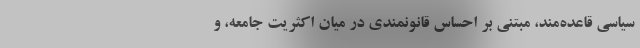
سیاسی قاعده‌مند، مبتنی بر احساس قانونمندی در میان اکثریت جامعه، و